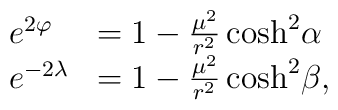
\begin{array}{ll}e^{2\varphi} & = 1 - \frac{\mu^2}{r^2} \cosh^2\!\alpha \\e^{-2\lambda} & = 1- \frac{\mu^2}{r^2} \cosh^2\! \beta ,\end{array}